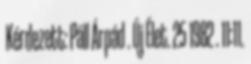
Kérdezett: Páll Árpád . Új Élet. 25 1982 . 11:11.